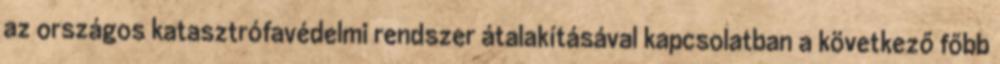
az országos katasztrófavédelmi rendszer átalakításával kapcsolatban a következő főbb